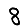
Digit: 8